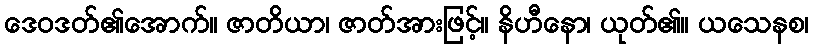
ဒေဝဒတ်၏အောက်။ ဇာတိယာ၊ ဇာတ်အားဖြင့်။ နိဟီနော၊ ယုတ်၏။ ယသေနစ၊